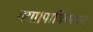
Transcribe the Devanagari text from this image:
गया।पाकिस्तान